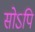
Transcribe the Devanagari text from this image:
सोऽपि